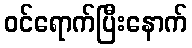
ဝင်ရောက်ပြီးနောက်